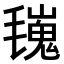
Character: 𣰏